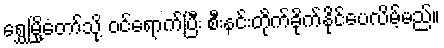
ရွှေမြို့တော်သို့ ဝင်ရောက်ပြီး စီးနင်းတိုက်ခိုက်နိုင်ပေလိမ့်မည်။